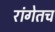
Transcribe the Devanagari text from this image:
रांगेतच